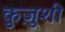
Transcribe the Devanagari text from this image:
कुज़ुशी